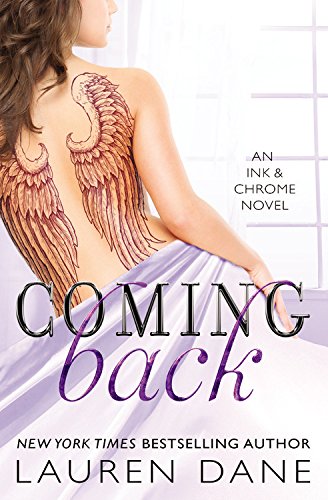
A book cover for Coming Back (Ink & Chrome); Lauren Dane; Romance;